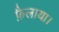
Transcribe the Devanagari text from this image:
फ़ैलाया।